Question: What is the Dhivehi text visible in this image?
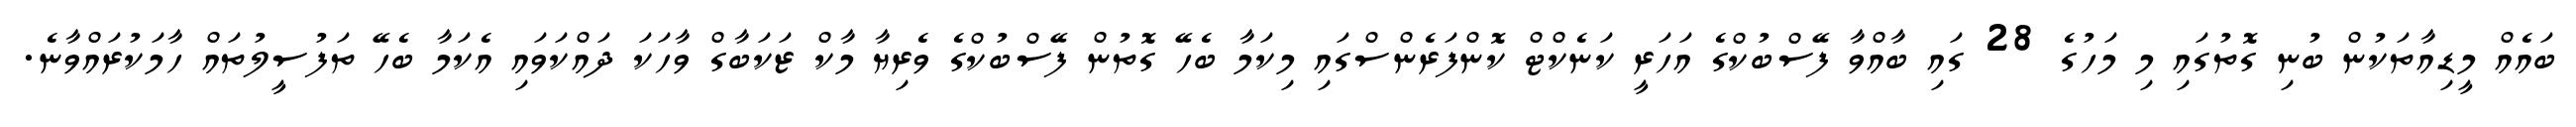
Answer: ބައެއް މީޑިއާތަކުން ބުނި ގޮތުގައި މި މަހުގެ 28 ގައި ބާއްވާ ފޭސްބުކްގެ އަހަރީ ކަނެކްޓް ކޮންފަރެންސްގައި މިކަމާ ބެހޭ ގޮތުން ފޭސްބުކްގެ ވެރިޔާ މާކް ޒަކަބާގް ވާހަކަ ދައްކަވައި އެކަމާ ބެހޭ ތަފުސީލުތައް ހާމަކުރައްވާނެ.